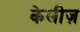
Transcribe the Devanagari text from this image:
केलीज़